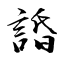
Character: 諙